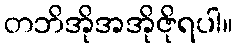
တဘိအိုအအိုဇိုရပါ။